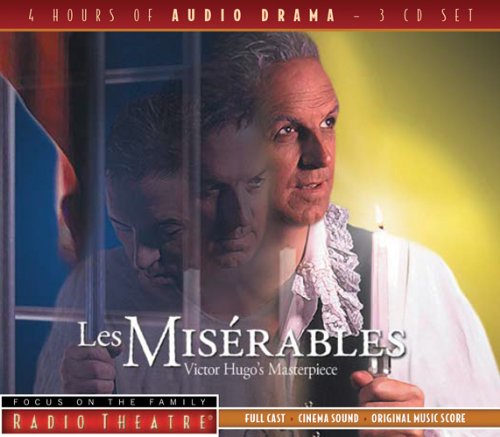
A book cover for Les Miserables (Radio Theatre); Victor Hugo; Humor & Entertainment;